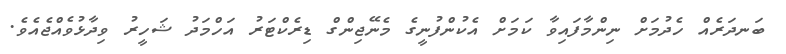
ބަނދަރެއް ހެދުމަށް ނިންމާފައިވާ ކަމަށް އެކުންފުނީގެ މެނޭޖިންގް ޑިރެކްޓަރު އަހްމަދު ޝަހީރު ވިދާޅުވެއްޖެއެވެ.